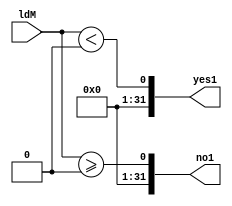
module EQZ1(yes1,no1,ldM);
input [31:0] ldM;
output reg [31:0] yes1,no1;
assign no1= ldM >= 0;
assign yes1= ldM < 0;



endmodule